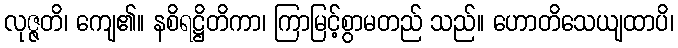
လုဇ္ဇတိ၊ ကျေ၏။ နစိရဋ္ဌိတိကာ၊ ကြာမြင့်စွာမတည် သည်။ ဟောတိသေယျထာပိ၊